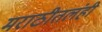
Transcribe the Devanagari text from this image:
मराठीतलंही